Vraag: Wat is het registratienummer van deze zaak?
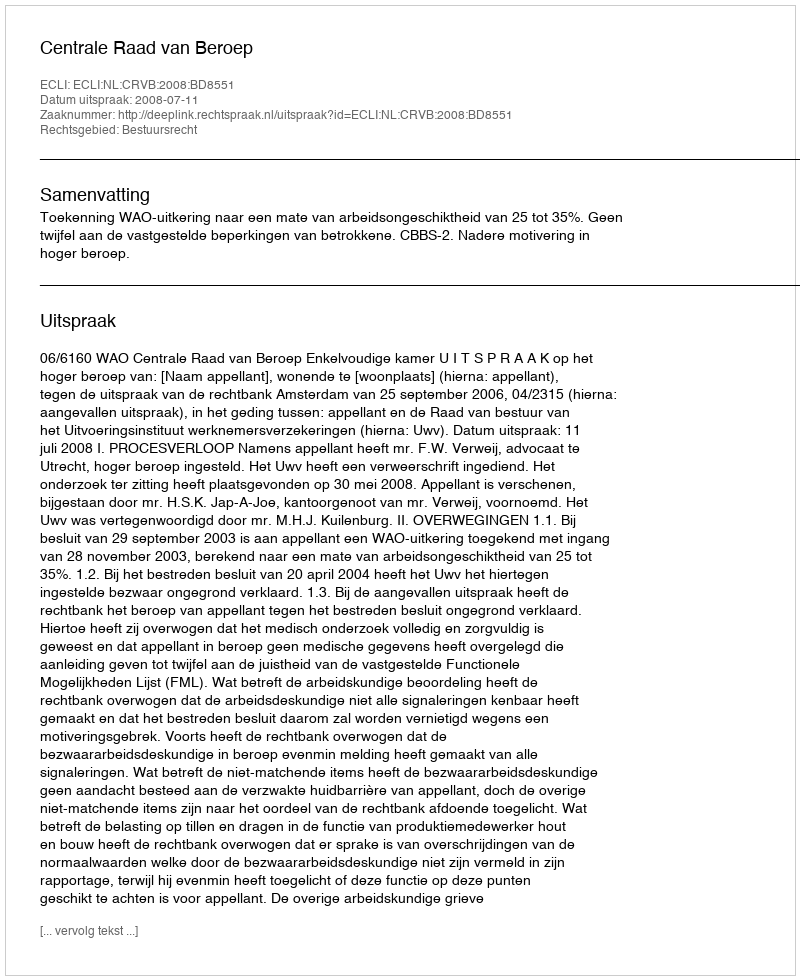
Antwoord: http://deeplink.rechtspraak.nl/uitspraak?id=ECLI:NL:CRVB:2008:BD8551